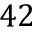
4 2